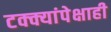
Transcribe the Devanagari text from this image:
टक्क्यांपेक्षाही